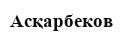
Асқарбеков